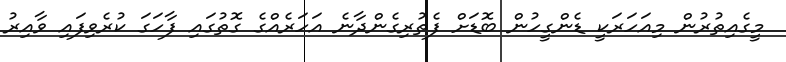
މީގެއިތުރުން މިއަހަރަކީ ޑެންގީހުން ބޮޑަށް ފެތުރިގެންދާނެ އަހަރެއްގެ ގޮތުގައި ފާހަގަ ކުރެވިފައި ވާއިރު